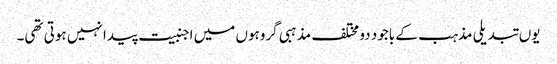
یوں تبدیلی مذہب کے باجود دو مختلف مذہبی گروہوں میں اجنبیت پیدا نہیں ہوتی تھی۔